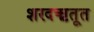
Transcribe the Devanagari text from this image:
शरदऋतूत